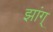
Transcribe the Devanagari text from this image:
झांग्